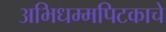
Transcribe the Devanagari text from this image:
अभिधम्मपिटकाचे